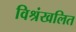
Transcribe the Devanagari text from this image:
विश्रंखलित